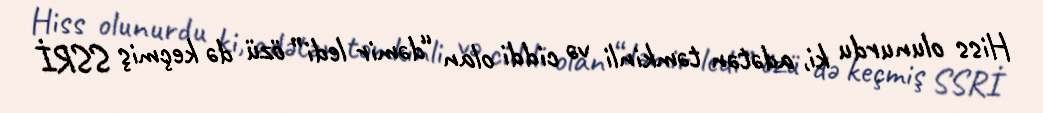
Hiss olunurdu ki, adətən təmkinli və ciddi olan “dəmir ledi” özü də keçmiş SSRİ